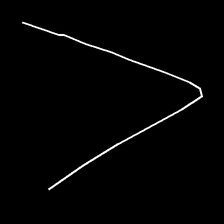
Glyph: region